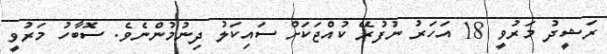
ރަޝީދު މަރުވީ 18 އަހަރު ނުފުރޭ ކުއްޖަކަށް ސައިކަލު ދިނުމުންނެވެ. ސޮބާހު މަރުވީ